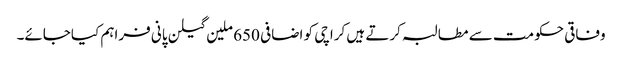
وفاقی حکومت سے مطالبہ کرتے ہیں کراچی کو اضافی 650 ملین گیلن پانی فراہم کیاجائے۔